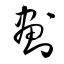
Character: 劃